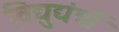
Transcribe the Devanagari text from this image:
विद्युद्यंत्रों